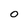
Character: o